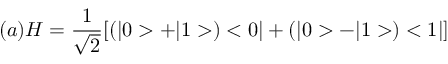
( a ) H = \frac { 1 } { \sqrt { 2 } } [ ( | 0 > + | 1 > ) < 0 | + ( | 0 > - | 1 > ) < 1 | ]